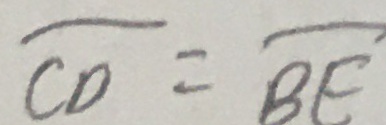
\overline { C D } = \overline { B E }